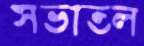
সভাতল